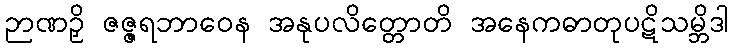
ဉာဏဉှိ ဇဇ္ဇရဘာဝေန အနုပလိတ္တောတိ အနေကဓာတုပဋိသမ္ဘိဒါ